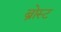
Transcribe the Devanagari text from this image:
ब्रोस्ट